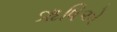
ૠષિએ